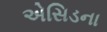
એસિડના